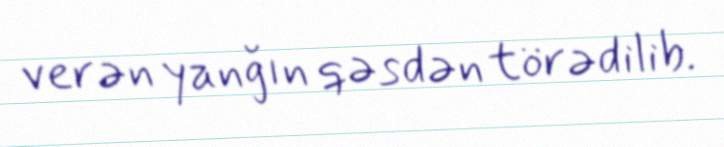
verən yanğın qəsdən törədilib.